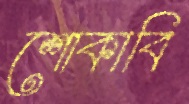
শোকাবি